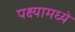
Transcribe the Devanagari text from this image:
पक्ष्यामध्ये